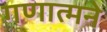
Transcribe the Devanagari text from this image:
गणात्मने